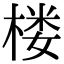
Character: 楼